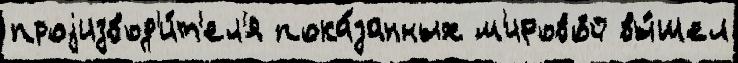
проjизвод'и́т'ел'я пока́занных м'ирово́й вы́шел